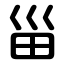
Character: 甾